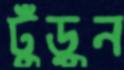
ঢুঁড়ুন